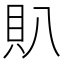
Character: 𧴩